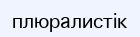
плюралистік